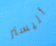
أليستر